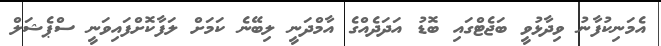
އެމަނިކުފާނު ވިދާޅުވީ ބަޖެޓްގައި ބޮޑު އަދަދެއްގެ އާމްދަނީ ލިބޭނެ ކަމަށް ލަފާކޮށްފައިވަނީ ސްޕެޝަލް